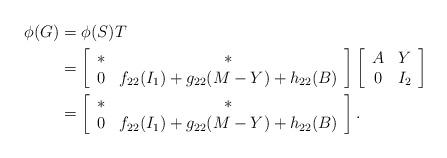
LaTeX: \begin{align*}\phi(G)&=\phi(S)T \\&=\left[\begin{array}{cc}* & * \\0 & f_{22}(I_1)+g_{22}(M-Y)+h_{22}(B) \\ \end{array} \right] \left[ \begin{array}{cc} A & Y \\ 0 & I_2 \\ \end{array} \right] \\&=\left[\begin{array}{cc}* & * \\0 & f_{22}(I_1)+g_{22}(M-Y)+h_{22}(B) \\ \end{array} \right].\end{align*}